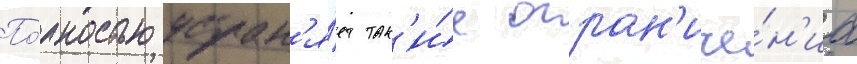
По́лностью устран'я́ет так'и́е огран'иче́н'иа